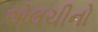
એલચીનો